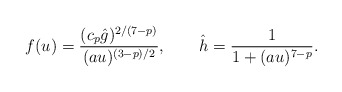
\begin{align*}f (u) = \frac {(c_p \hat g)^{2/(7 - p)}} { (a u)^{(3 - p)/2}},\qquad\hat h = \frac{1}{1 + (a u)^{7 - p}}.\end{align*}